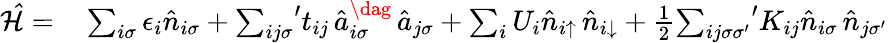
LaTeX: \begin{array}{rl}{\mathcal{\hat{H}}=}&{{}\sum_{i\sigma}\epsilon_{i}\hat{n}_{i\sigma}+{\sum_{ij\sigma}}^{\prime}t_{ij}\, \hat{a}_{i\sigma}^{\dag}\, \hat{a}_{j\sigma}+\sum_{i}U_{i}\hat{n}_{i\uparrow}\, \hat{n}_{i\downarrow}+\frac{1}{2}{\sum_{ij\sigma{\sigma}^{\prime}}}^{\prime}K_{ij}\hat{n}_{i\sigma}\, \hat{n}_{j{\sigma}^{\prime}}}\end{array}